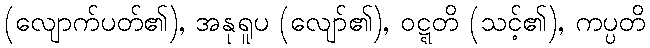
(လျောက်ပတ်၏), အနုရူပ (လျော်၏), ဝဋ္ဋတိ (သင့်၏), ကပ္ပတိ